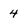
Character: 4